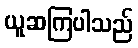
ယူဆကြပါသည်